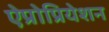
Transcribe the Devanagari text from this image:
ऐप्रोप्रियेशन